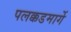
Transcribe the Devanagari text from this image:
पलक्कडमार्गे